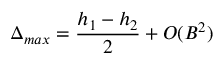
\Delta _ { m a x } = \frac { h _ { 1 } - h _ { 2 } } { 2 } + O ( B ^ { 2 } )